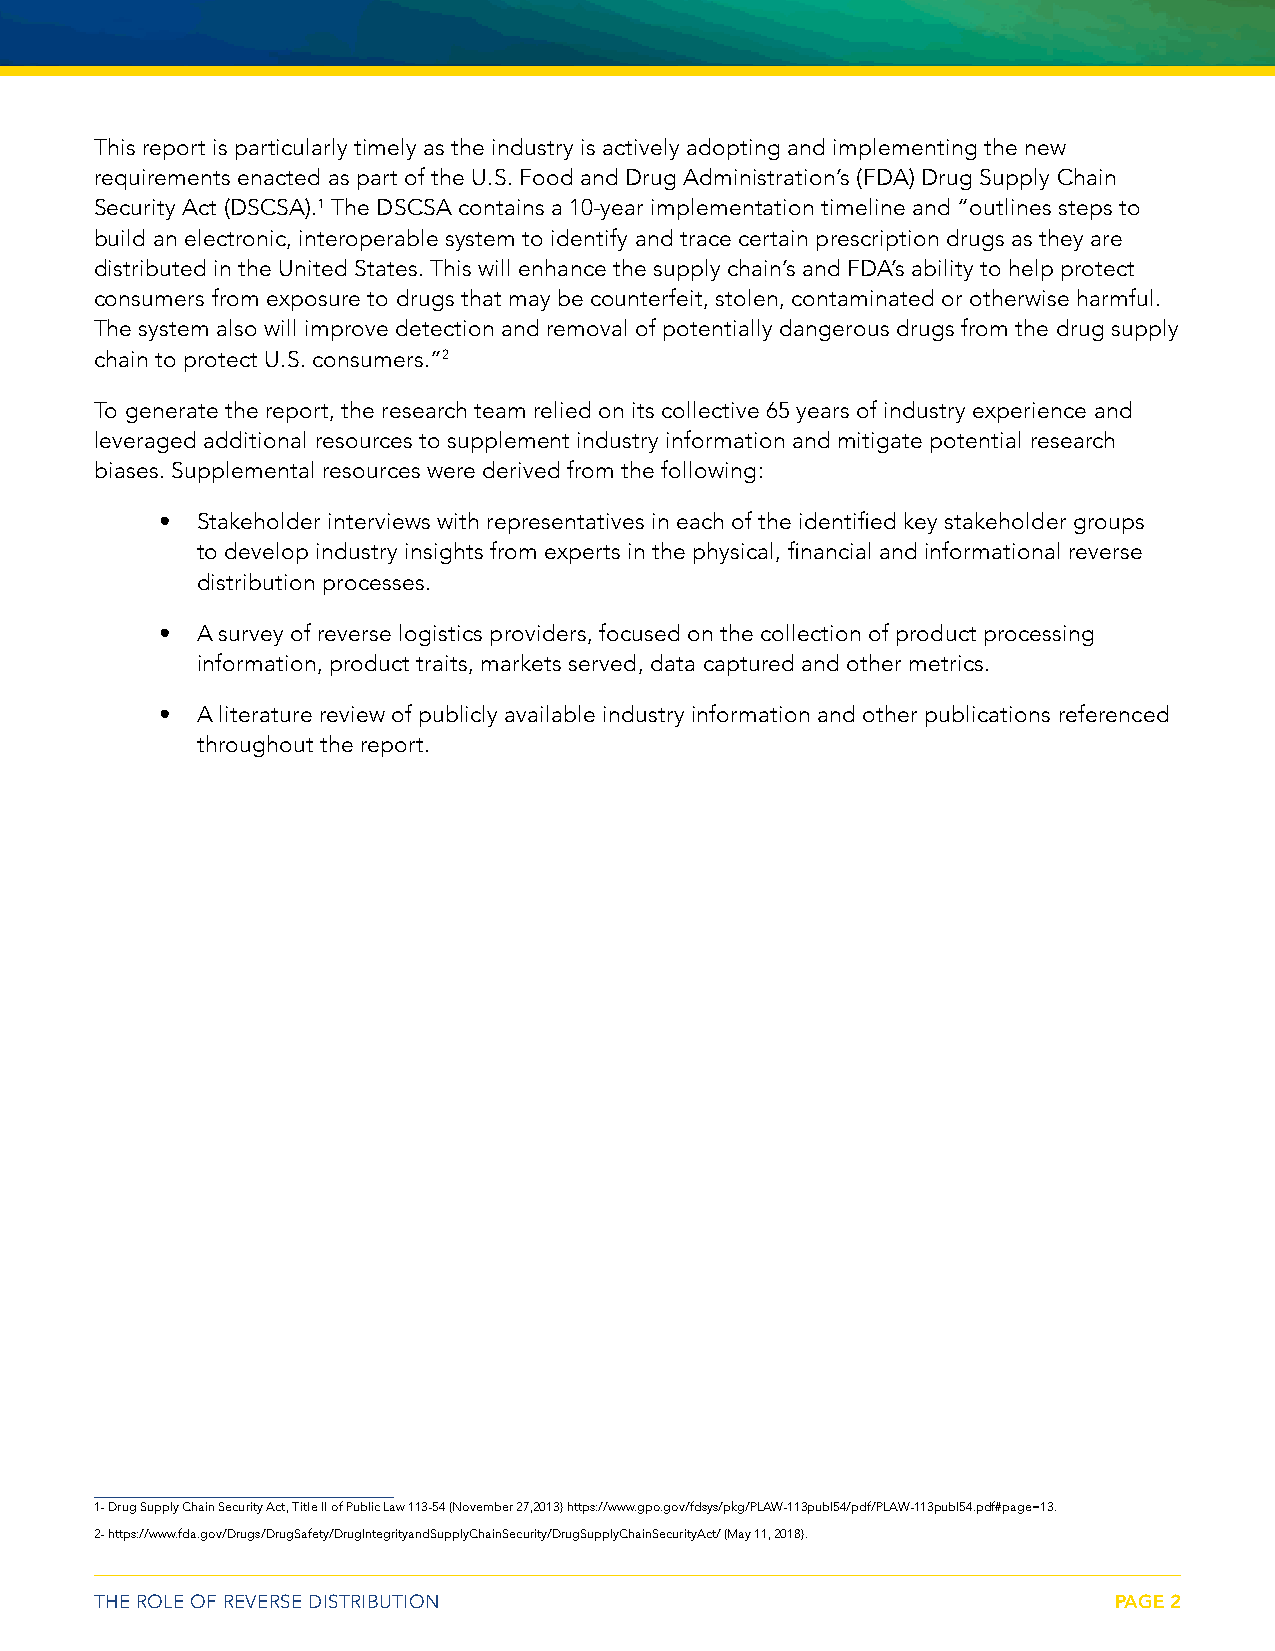
This report is particularly timely as the industry is actively adopting and implementing the new
 requirements enacted as part of the U.S. Food and Drug Administration’s (FDA) Drug Supply Chain
 Security Act (DSCSA).1 The DSCSA contains a 10-year implementation timeline and “outlines steps to
 build an electronic, interoperable system to identify and trace certain prescription drugs as they are
 distributed in the United States. This will enhance the supply chain’s and FDA’s ability to help protect
 consumers from exposure to drugs that may be counterfeit, stolen, contaminated or otherwise harmful.
 The system also will improve detection and removal of potentially dangerous drugs from the drug supply
 chain to protect U.S. consumers.”2
 To generate the report, the research team relied on its collective 65 years of industry experience and
 leveraged additional resources to supplement industry information and mitigate potential research
 biases. Supplemental resources were derived from the following:
 • Stakeholder interviews with representatives in each of the identified key stakeholder groups
 to develop industry insights from experts in the physical, financial and informational reverse
 distribution processes.
 • A survey of reverse logistics providers, focused on the collection of product processing
 information, product traits, markets served, data captured and other metrics.
 • A literature review of publicly available industry information and other publications referenced
 throughout the report.
 1- Drug Supply Chain Security Act, Title II of Public Law 113-54 (November 27,2013) https://www.gpo.gov/fdsys/pkg/PLAW-113publ54/pdf/PLAW-113publ54.pdf#page=13.
 2- https://www.fda.gov/Drugs/DrugSafety/DrugIntegrityandSupplyChainSecurity/DrugSupplyChainSecurityAct/ (May 11, 2018).
 THE ROLE OF REVERSE DISTRIBUTION                                    PAGE 2